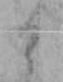
そ